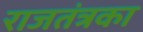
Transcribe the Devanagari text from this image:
राजतंत्रका